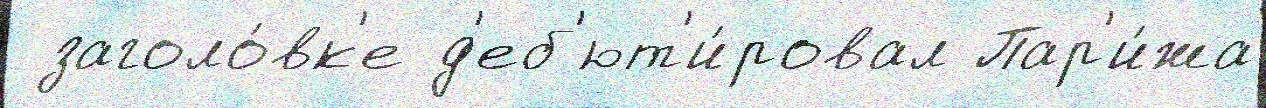
 заголо́вк'е д'еб'ют'и́ровал Пар'и́жа